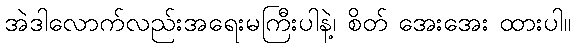
အဲဒါလောက်လည်းအရေးမကြီးပါနဲ့၊ စိတ် အေးအေး ထားပါ။